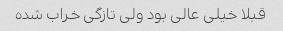
قبلا خیلی عالی بود ولی تازگی خراب شده